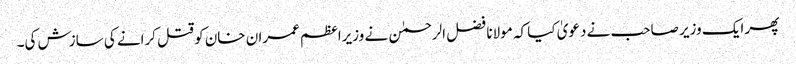
پھر ایک وزیر صاحب نے دعویٰ کیا کہ مولانا فضل الرحمٰن نے وزیراعظم عمران خان کو قتل کرانے کی سازش کی۔